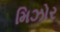
મિઝોર